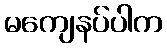
မကျေနပ်ပါက